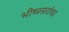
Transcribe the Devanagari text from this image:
भीष्मसरांचा